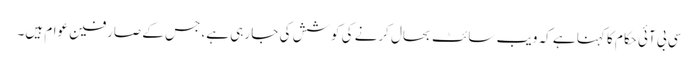
سی بی آئی حکام کا کہنا ہے کہ ویب سائٹ بحال کرنے کی کوشش کی جا رہی ہے، جس کے صارفین عوام ہیں۔